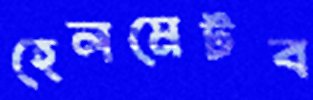
হেলমেটব